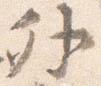
外